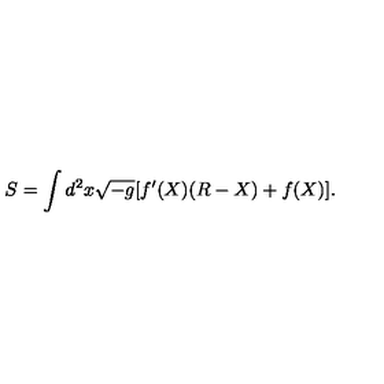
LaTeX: S = \int d ^ { 2 } x \sqrt { - g } [ f ^ { \prime } ( X ) ( R - X ) + f ( X ) ] .